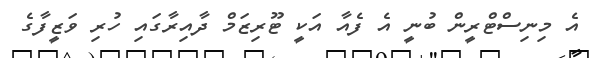
އެ މިނިސްޓްރީން ބުނީ އެ ފެއާ އަކީ ޓޫރިޒަމް ދާއިރާގައި ހުރި ވަޒީފާގެ